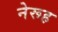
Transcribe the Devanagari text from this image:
नेरूह